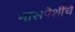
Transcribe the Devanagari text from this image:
मासपेशींचे